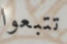
تتبعوا